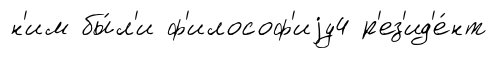
н'им бы́л'и ф'илософ'иjу4 р'ез'ид'е́нт